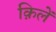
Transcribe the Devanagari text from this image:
क़िलें